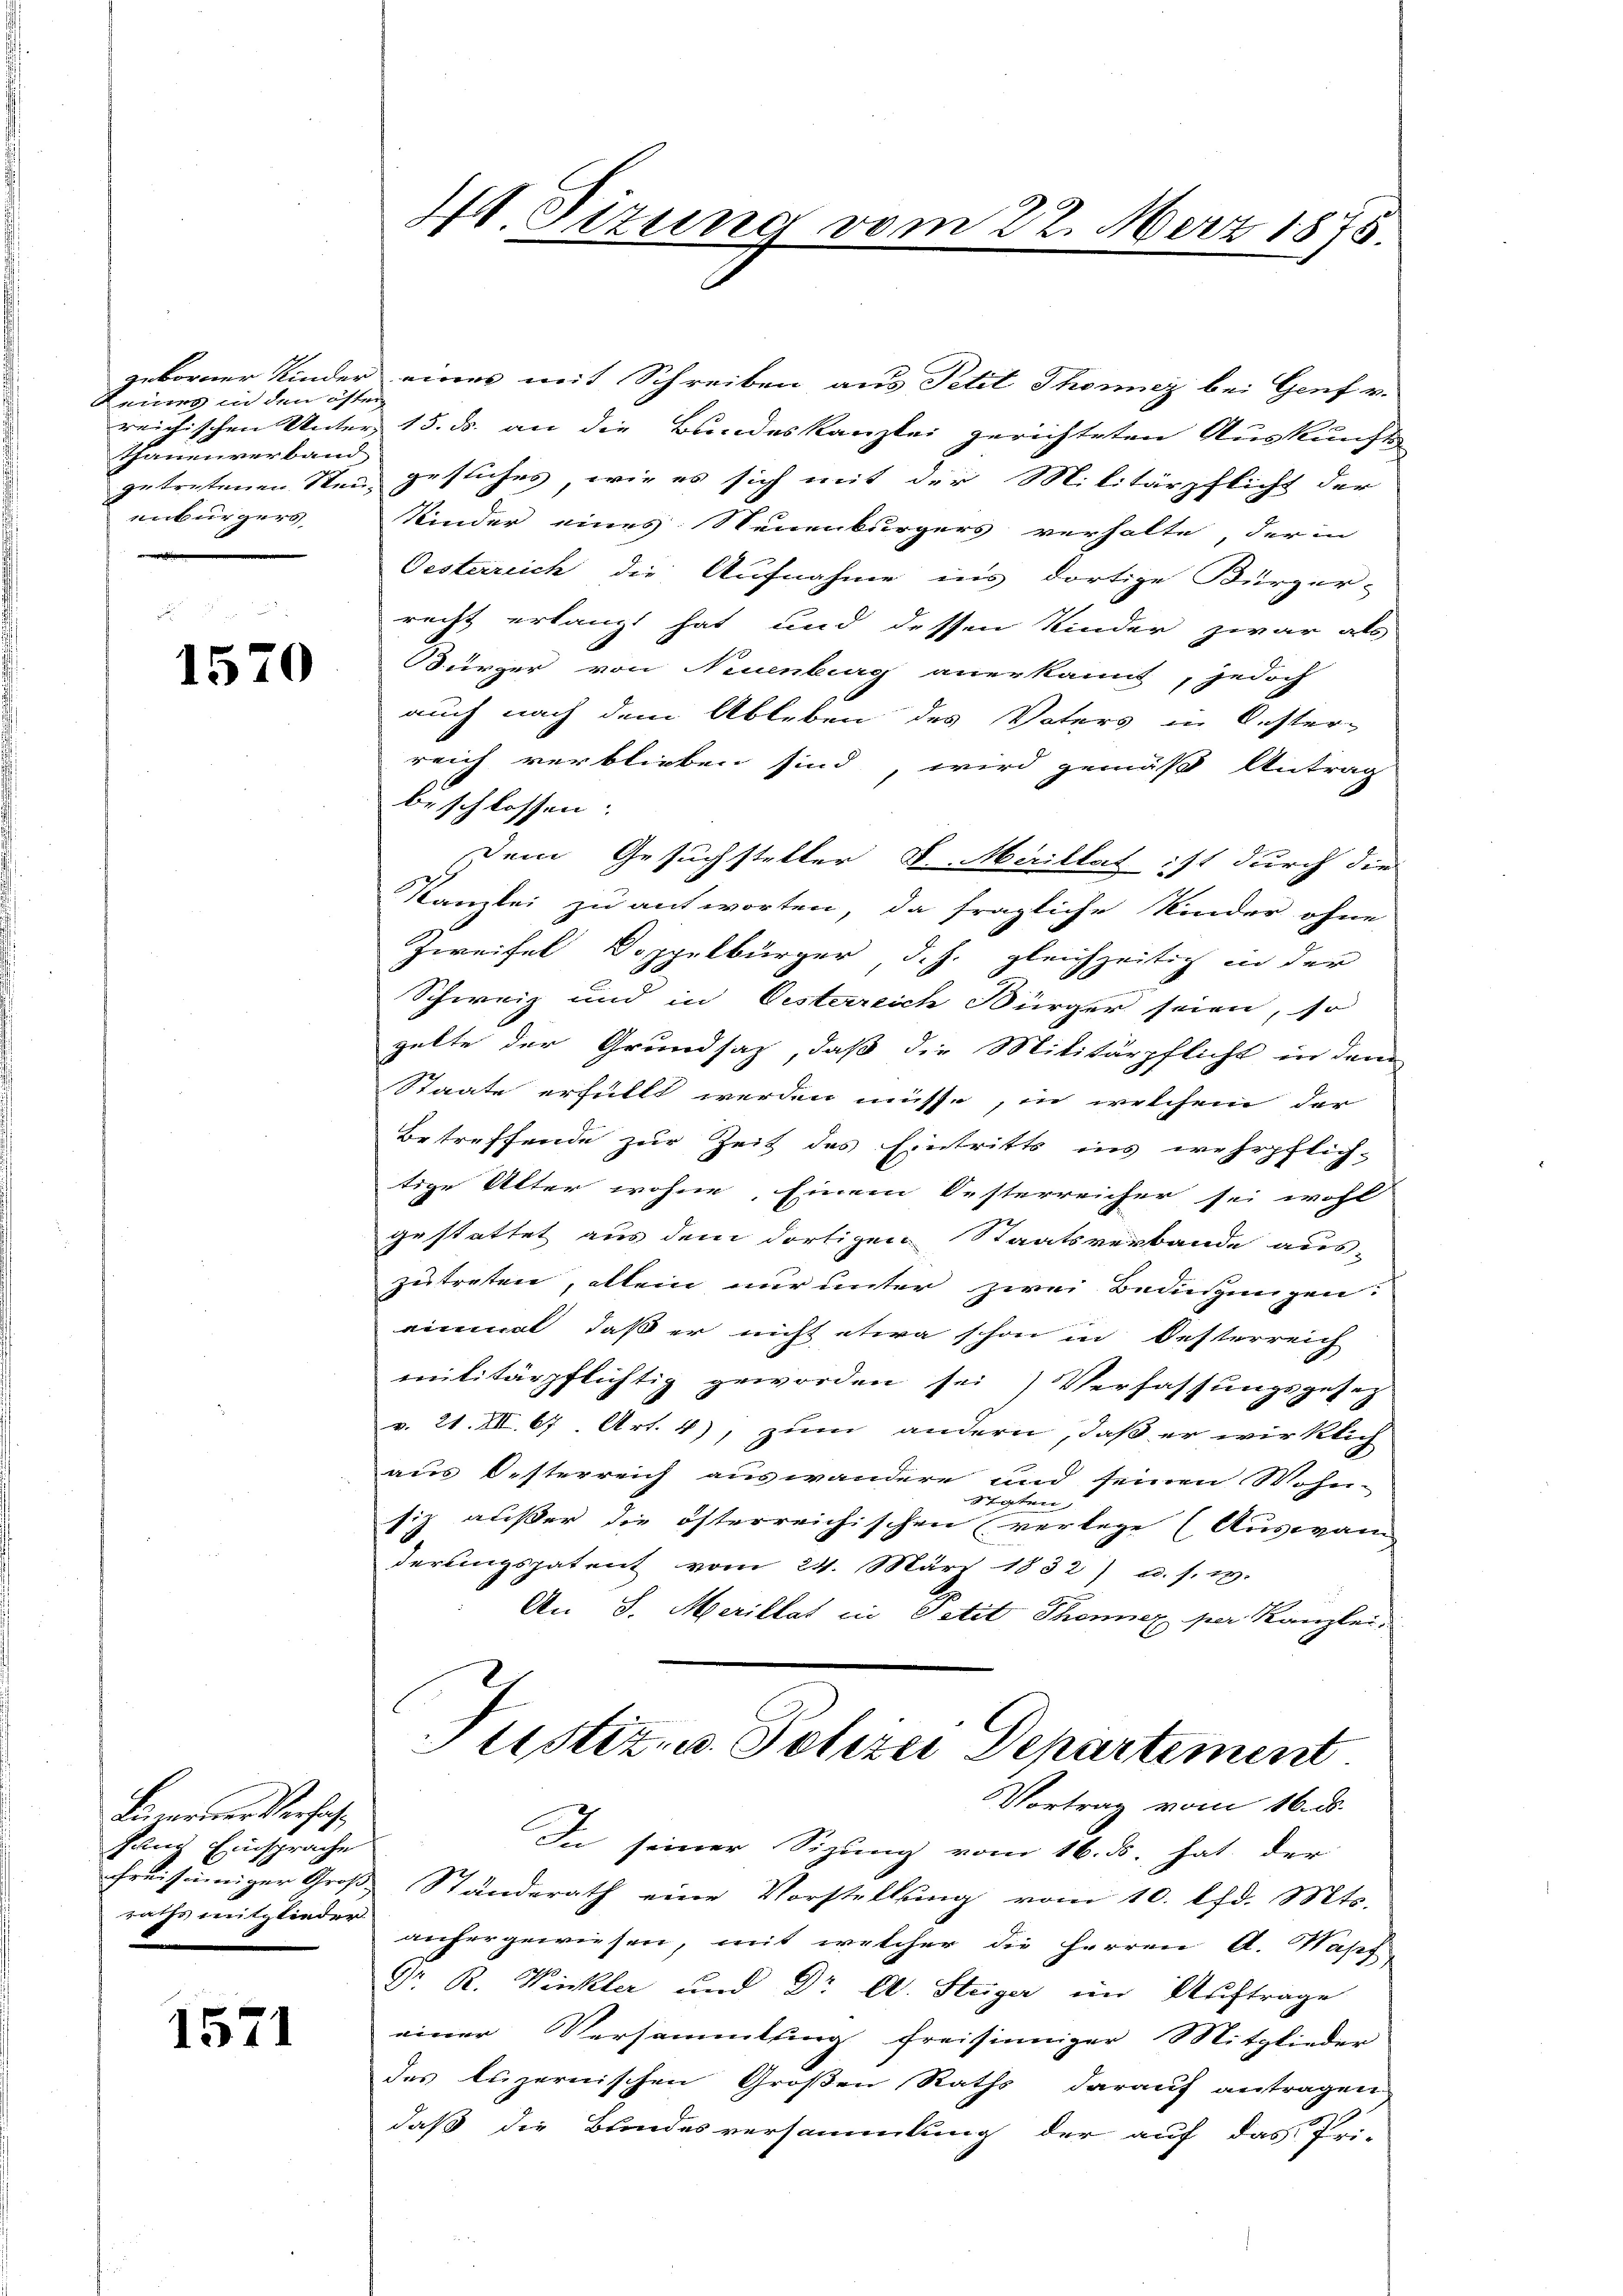
geborner Kinder
Raum in den öffen
reichischen Unter
thauenverband
getretenen Stei
enbürgern

1570

Lawerner Verhal¬
Rang Einsprache
freiseiniger Großraths mitglieder

1571

48. Sizung vom 22. März 1875.

eines mit Schreiben aus Petit Thonicz bei Genf v.
15. ds. an die Bundeskanzlei gerichteten Auskunft
gesuches, wie es sich mit der Militärpflicht der
Kinder eines Neuenburgers verhalte, der in
Oesterreich die Aufnahme in’s dortige Bürger-
recht erlangt hat und dessen Kinder zwar als
Bürger von Neuenburg anerkannt, jedoch
auch nach dem Ableben des Vaters in Oester-
reich verblieben sind, wird gemäß Antrag
beschlossen:
Dem Gesuchsteller L. Merillat ist durch die
Kanzlei zu antworten, da fragliche Kinder ohne
Zweifel Doppelbürger d. J. gleichzeitig in der
Schweiz und in Oesterreich Bürger seien, so
gelte der Grundsaz, daß die Militärpflicht in dem
Staate erfüllt werden müsse, in welchem der
Betreffende zur Zeit des Eintritts ins wehrpflich-
tige Alter wohne, Einem Oesterreicher sei wohl
gestattet aus dem dortigen Staatsverbande aus-
zutreten, allein nur unter zwei Bedingungen
einmal, daß er nicht etwa schon in Oesterreich
militärpflichtig geworden sei) Verfassungsgesetz
v. 21. XII. 67 Art. 4), zum andern, daß er wirklich
aus Oesterreich auswandere und seinen Wohn-
Shaten
siz außer die österreichischen verlege (Auswan
derungspatent vom 24. März 1832) u. s. 13.
An S. Merillat in Petit Thonnex per Kanzlei,
Justiz- u. Polizei Departement.
Vortrag vom 16. d.
In seiner Sigung vom 16. ds. hat, der
Ständerath eine Vorstellung vom 10. lfd. Mts.
anhergewiesen, mit welcher die Herren A. Wass
Dr. R. Winkler und Dr A. Steiger im Auftrage
einer Versammlung freisinniger Mitglieder
des luzernischen Großen Raths darauf antragen
daß die Bundesversammlung der auf das Pri-